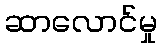
ဆာလောင်မှု